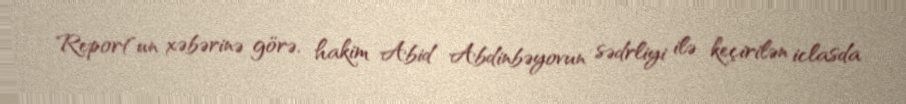
Report"un xəbərinə görə, hakim Abid Abdinbəyovun sədrliyi ilə keçirilən iclasda